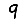
Digit: 9